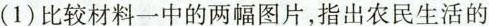
(1)比较材料一中的两幅图片，指出农民生活的